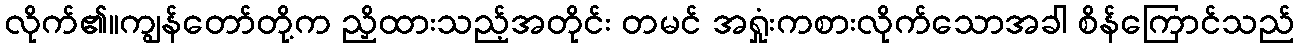
လိုက်၏။ကျွန်တော်တို့က ညှိထားသည့်အတိုင်း တမင် အရှုံးကစားလိုက်သောအခါ စိန်ကြောင်သည်